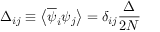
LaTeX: \Delta _ { i j } \equiv \left\langle \overline { { { \psi } } } _ { i } \psi _ { j } \right\rangle = \delta _ { i j } \frac { \Delta } { 2 N }